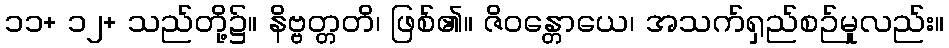
၁၁+ ၁၂+ သည်တို့၌။ နိဗ္ဗတ္တတိ၊ ဖြစ်၏။ ဇိဝန္တောယေ၊ အသက်ရှည်စဉ်မူလည်း။